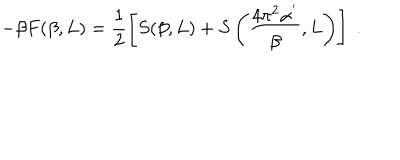
- \beta F ( \beta , L ) = \frac { 1 } { 2 } \left[ S ( \beta , L ) + S \left( \frac { 4 \pi ^ { 2 } \alpha ^ { ' } } { \beta } , L \right) \right] \; .